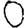
Digit: 0